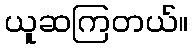
ယူဆကြတယ်။